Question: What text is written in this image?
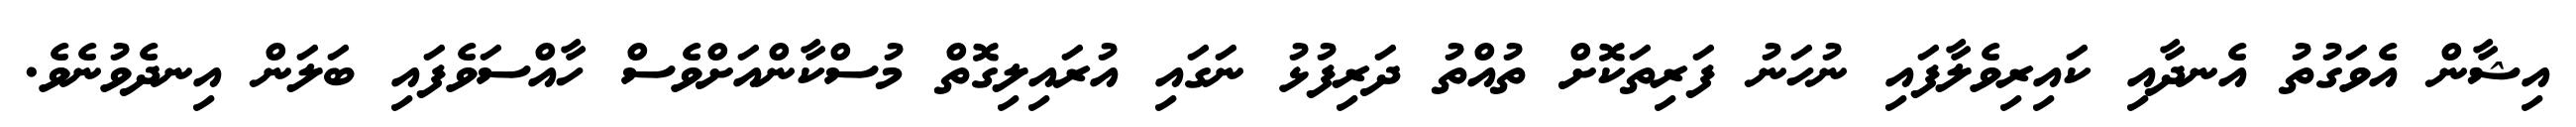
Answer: އިޝާން އެވަގުތު އެނދާއި ކައިރިވެލާފައި ނުހަނު ފަރިތަކޮށް ތުއްތު ދަރިފުޅު ނަގައި އުރައިލިގޮތް މުސްކާންއަށްވެސް ހާއްސަވެފައި ބަލަން އިނދެވުނެވެ.